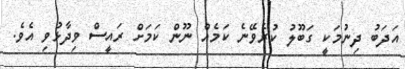
އަދަބު ދިނުމަކީ ގަބޫލު ކުރެވޭނެ ކަމެއް ނޫން ކަމަށް ރައީސް ވިދާޅުވި އެވެ.